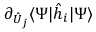
\partial _ { \hat { U } _ { j } } \langle \Psi | \hat { h } _ { i } | \Psi \rangle